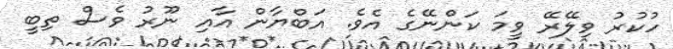
ހުކުރު ވިލޭރޭ ވީމަ ކަންނޭގެ އެވެ. އަބްޔާން އާއި ނޫރު ވެސް ތިބީ